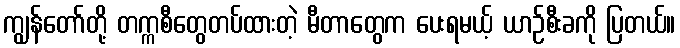
ကျွန်တော်တို့ တက္ကစီတွေတပ်ထားတဲ့ မီတာတွေက ပေးရမယ့် ယာဉ်စီးခကို ပြတယ်။